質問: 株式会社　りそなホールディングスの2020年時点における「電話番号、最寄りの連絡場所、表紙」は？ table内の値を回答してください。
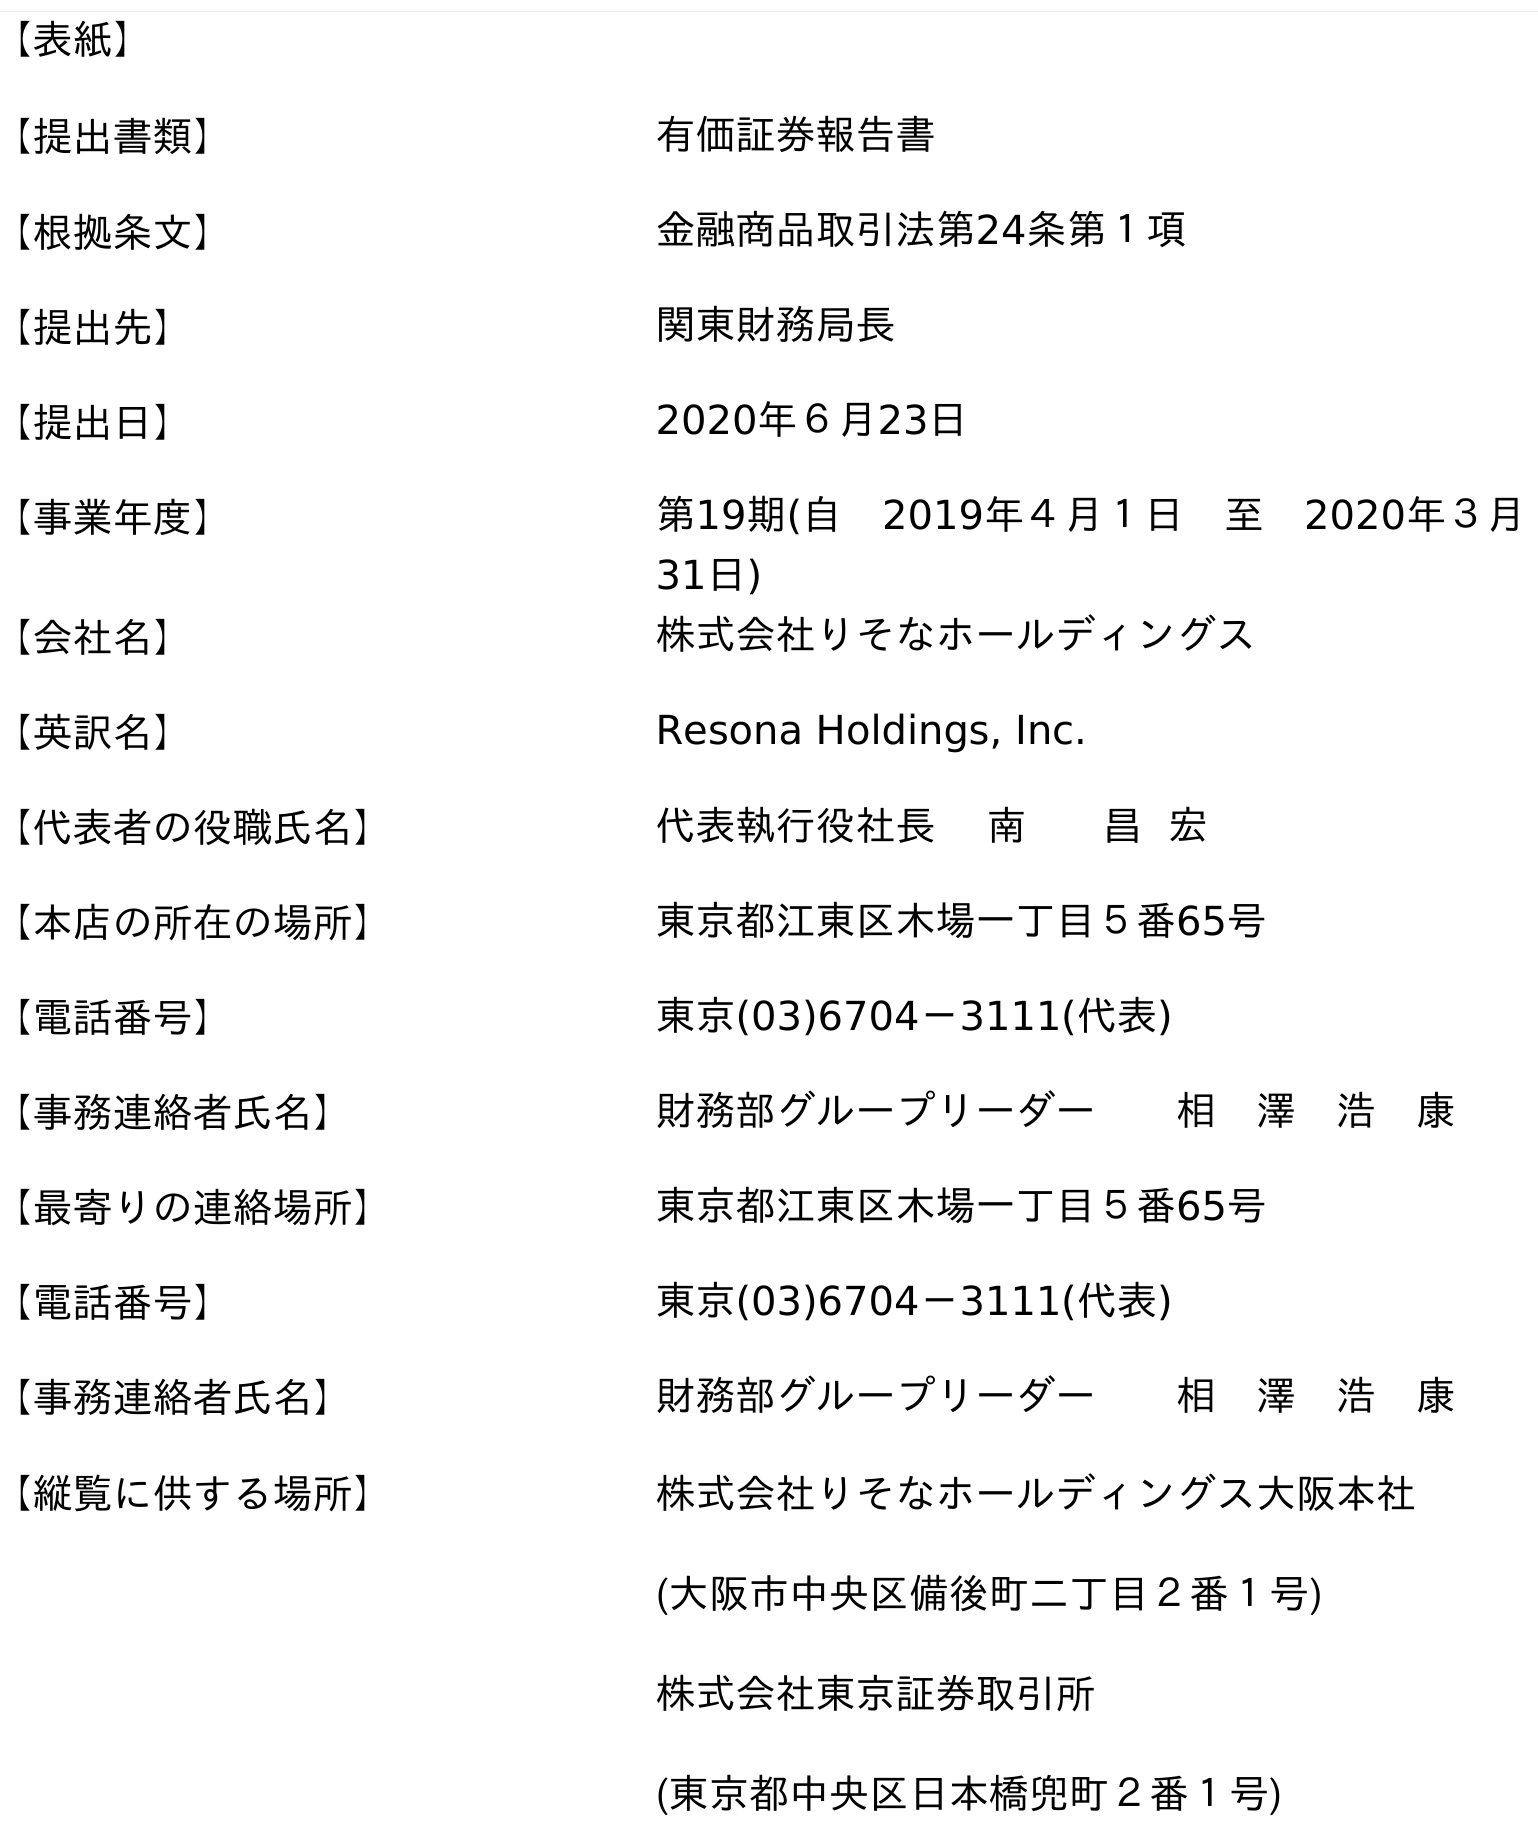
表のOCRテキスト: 【表紙】 【提出書類】 有価証券報告書 【根拠条文】 金融商品取引法第24条第１項 【提出先】 関東財務局長 【提出日】 2020年６月23日 【事業年度】 第19期(自 2019年４月１日 至 2020年３月 31日) 【会社名】 株式会社りそなホールディングス 【英訳名】 Resona Holdings, Inc. 【代表者の役職氏名】 代表執行役社長 南 昌 宏 【本店の所在の場所】 東京都江東区木場一丁目５番65号 【電話番号】 東京(03)6704－3111(代表) 【事務連絡者氏名】 財務部グループリーダー  相 澤 浩 康 【最寄りの連絡場所】 東京都江東区木場一丁目５番65号 【電話番号】 東京(03)6704－3111(代表) 【事務連絡者氏名】 財務部グループリーダー  相 澤 浩 康 【縦覧に供する場所】 株式会社りそなホールディングス大阪本社 (大阪市中央区備後町二丁目２番１号) 株式会社東京証券取引所 (東京都中央区日本橋兜町２番１号)
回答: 東京(03)6704－3111(代表)